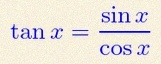
\tan x=\frac{\sin x}{\cos x}